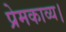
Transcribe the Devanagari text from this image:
प्रेमकाव्य।